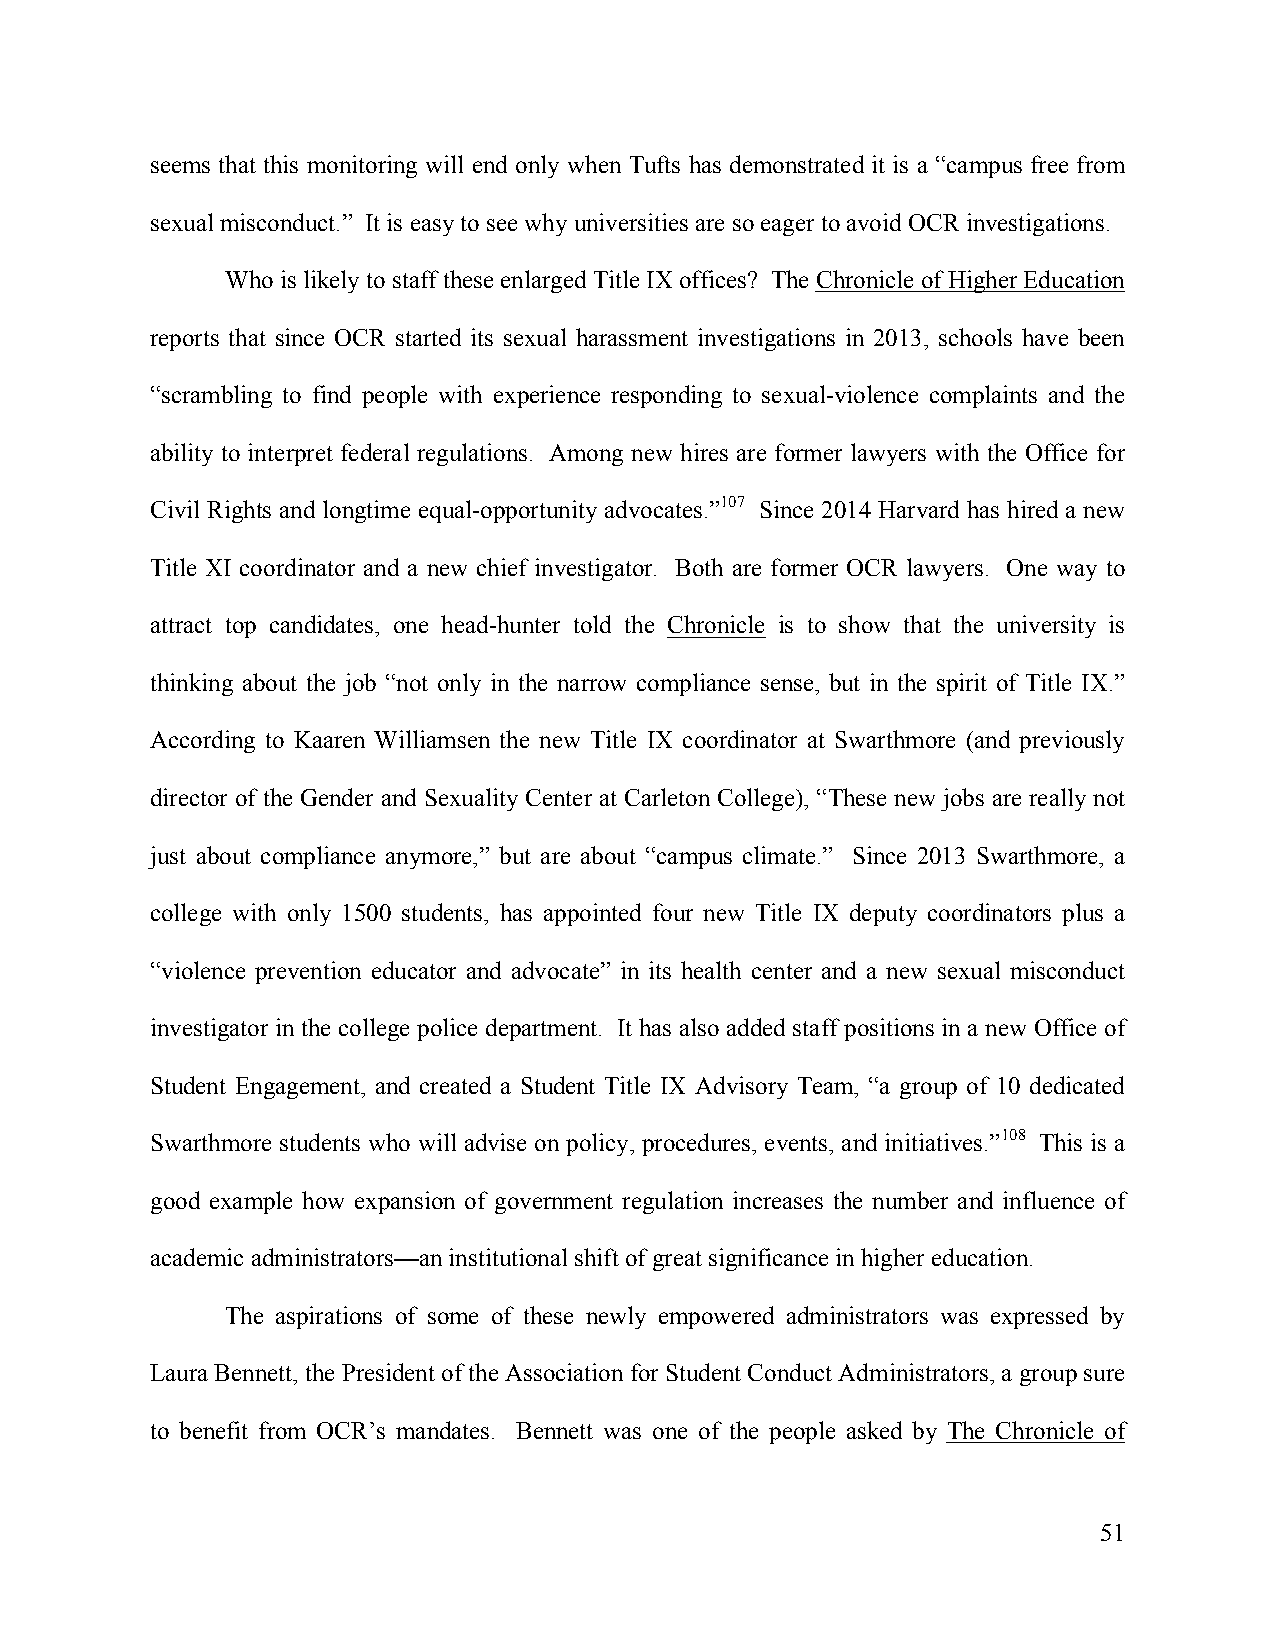
seems that this monitoring will end only when Tufts has demonstrated it is a “campus free from
 sexual misconduct.” It is easy to see why universities are so eager to avoid OCR investigations.
 Who is likely to staff these enlarged Title IX offices? The Chronicle of Higher Education
 reports that since OCR started its sexual harassment investigations in 2013, schools have been
 “scrambling to find people with experience responding to sexual-violence complaints and the
 ability to interpret federal regulations. Among new hires are former lawyers with the Office for
 Civil Rights and longtime equal-opportunity advocates.”107 Since 2014 Harvard has hired a new
 Title XI coordinator and a new chief investigator. Both are former OCR lawyers. One way to
 attract top candidates, one head-hunter told the Chronicle is to show that the university is
 thinking about the job “not only in the narrow compliance sense, but in the spirit of Title IX.”
 According to Kaaren Williamsen the new Title IX coordinator at Swarthmore (and previously
 director of the Gender and Sexuality Center at Carleton College), “These new jobs are really not
 just about compliance anymore,” but are about “campus climate.” Since 2013 Swarthmore, a
 college with only 1500 students, has appointed four new Title IX deputy coordinators plus a
 “violence prevention educator and advocate” in its health center and a new sexual misconduct
 investigator in the college police department. It has also added staff positions in a new Office of
 Student Engagement, and created a Student Title IX Advisory Team, “a group of 10 dedicated
 Swarthmore students who will advise on policy, procedures, events, and initiatives.”108 This is a
 good example how expansion of government regulation increases the number and influence of
 academic administrators—an institutional shift of great significance in higher education.
 The aspirations of some of these newly empowered administrators was expressed by
 Laura Bennett, the President of the Association for Student Conduct Administrators, a group sure
 to benefit from OCR’s mandates. Bennett was one of the people asked by The Chronicle of
 51